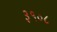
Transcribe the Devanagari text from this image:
३१०८